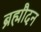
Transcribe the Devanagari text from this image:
ब्रह्मौदन